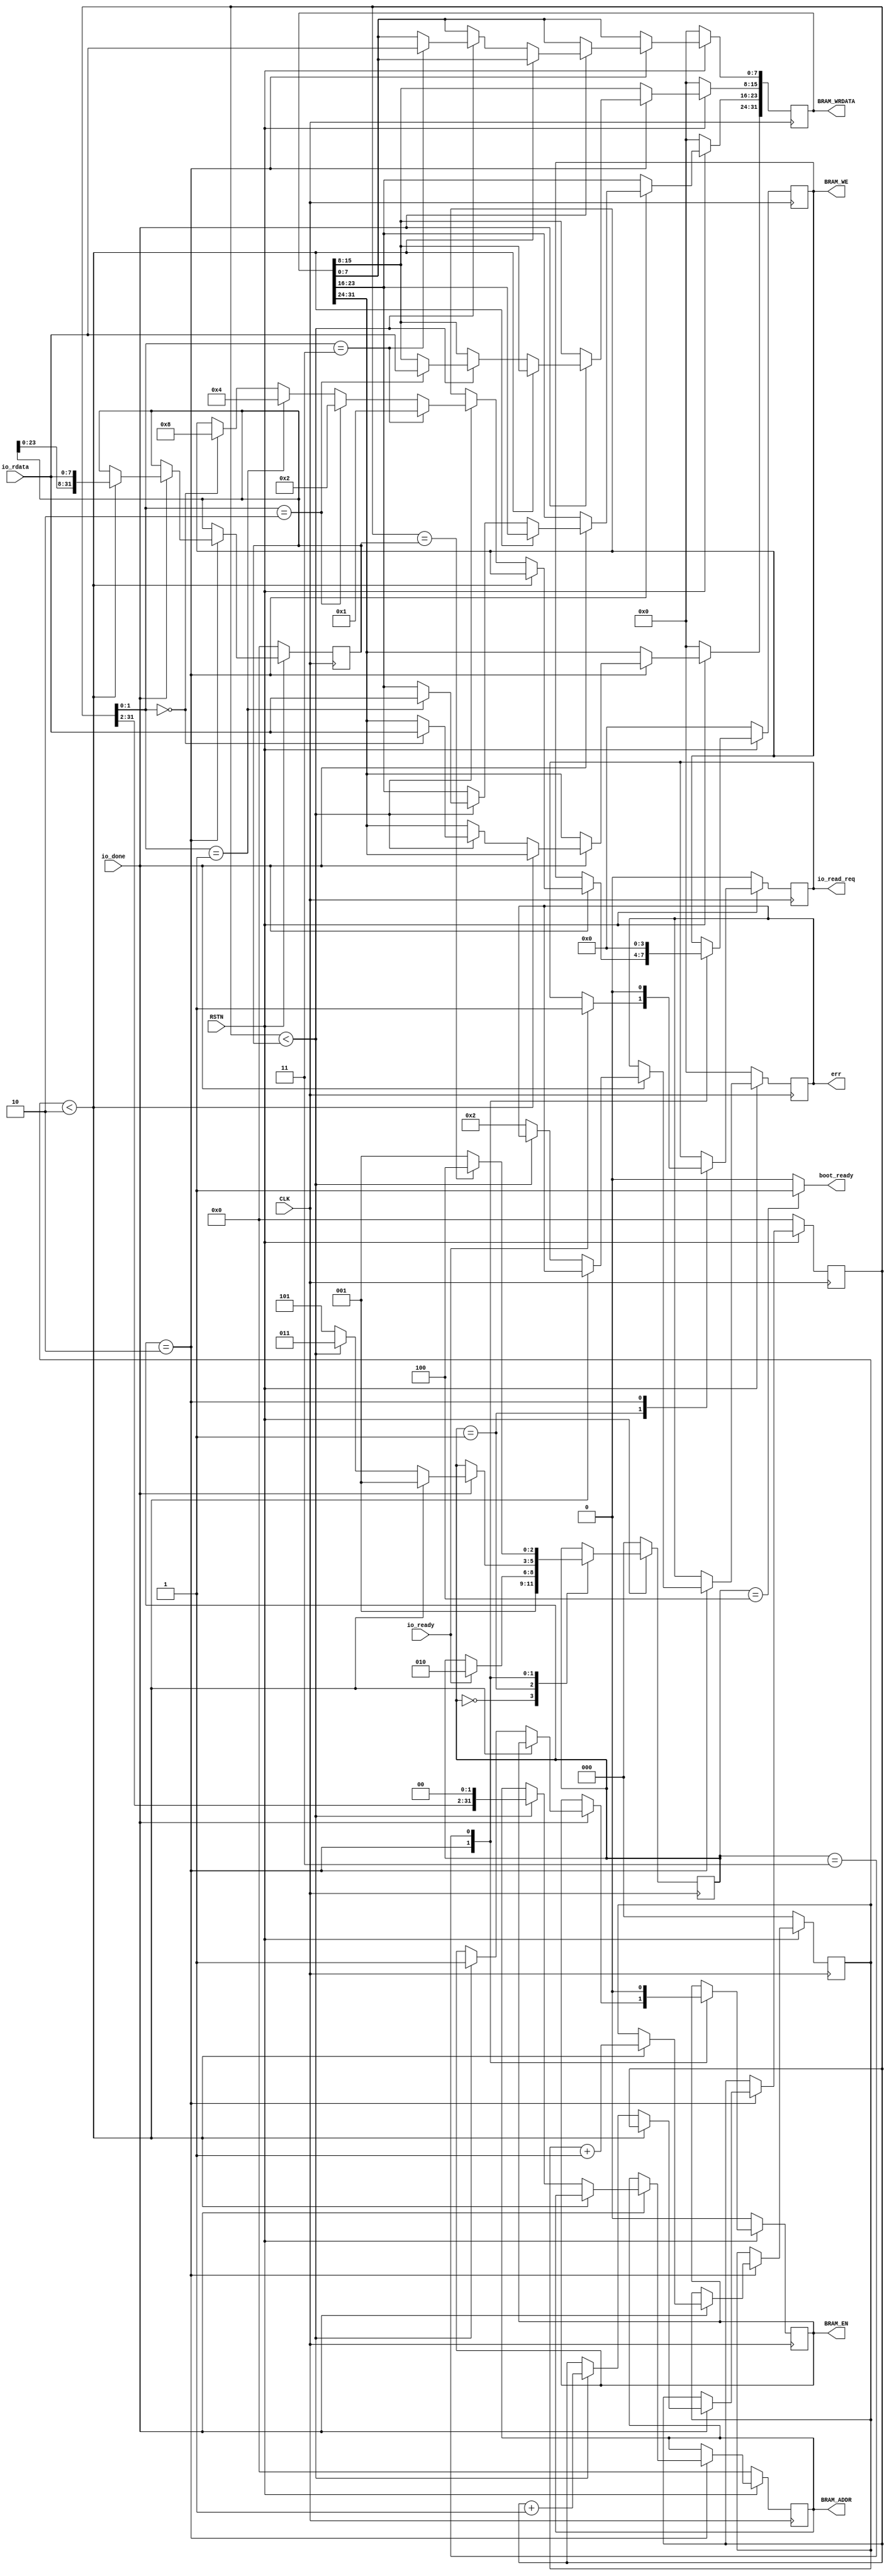
`default_nettype none

`define B_ERR_InvalidFormat 8'd1
`define B_ERR_RunOverIterator 8'd2

module Bootloader_IO(
  // for memory
  output wire [31:0] BRAM_ADDR,
  output wire [31:0] BRAM_WRDATA,
  output wire [3:0]  BRAM_WE,
  output wire        BRAM_EN,

  // for IO
  output reg io_read_req,
  input wire io_ready,
  input wire io_done,
  input wire [7:0] io_rdata,

  output wire boot_ready,
  output reg [7:0] err,
  input wire CLK,
  input wire RSTN
);

  localparam s_init      = 3'b000;
  localparam s_ext_chkRx = 3'b001;
  localparam s_ext_read  = 3'b010;
  localparam s_mem_write = 3'b011;
  localparam s_run       = 3'b100;
  localparam s_halt      = 3'b101;

  reg [2:0] state;
  assign boot_ready = (state == s_run) ? 1'b1 : 1'b0;
  // for memory
  reg [31:0] mem_addr;
  reg [31:0] mem_wdata;
  reg [3:0] mem_wenable;
  reg mem_enable;
  assign BRAM_ADDR = mem_addr;
  assign BRAM_WRDATA = mem_wdata;
  assign BRAM_WE = mem_wenable;
  assign BRAM_EN = mem_enable;
  

  // format
  // you can read 1 byte in 1 axi-uart iteration
  reg [2:0] length_iterator; // length 2byte (16bit) counter.
  reg [31:0] data_iterator;  // data counter. 
  reg [31:0] data_length;
  wire [1:0] data_step;
  assign data_step = data_iterator[1:0];

  // task
  always @(posedge CLK) begin
    if (~RSTN) begin
      state <= s_init;
      mem_wdata <= 32'd0;
      mem_addr <= 32'd0;
      mem_enable <= 1'b0;
      mem_wenable <= 4'b0000;

      io_read_req <= 1'b0;

      data_iterator <= 32'd0;
      data_length <= 32'd0;
      length_iterator <= 3'd0;
      err <= 8'd0;
    end else begin
      case (state)
        s_init: state <= s_ext_chkRx;
        s_ext_chkRx: begin
          if (io_ready) begin
            io_read_req <= 1'b1;
            state <= s_ext_read;
          end
        end

        s_ext_read: begin
          if (io_read_req) io_read_req <= 1'b0;
          if (io_done) begin
            // state move
            if (length_iterator < 3'd2) begin
              data_length <= {data_length[23:0], io_rdata[7:0]};
              state <= s_ext_chkRx;
              length_iterator <= length_iterator + 3'b1;
            end else if (data_iterator < data_length) begin
              mem_addr <= {data_iterator[31:2], 2'b00};
              mem_enable <= 1'b1;
              if (data_step == 2'd0) begin
                mem_wdata[31:24] <= io_rdata[7:0];
                mem_wenable <= 4'b1000;
              end
              if (data_step == 2'd1) begin
                mem_wdata[23:16] <= io_rdata[7:0];
                mem_wenable <= 4'b0100;
              end
              if (data_step == 2'd2) begin
                mem_wdata[15:8] <= io_rdata[7:0];
                mem_wenable <= 4'b0010;
              end
              if (data_step == 2'd3) begin
                mem_wdata[7:0] <= io_rdata[7:0];
                mem_wenable <= 4'b0001;
              end
              state <= s_mem_write;
              data_iterator <= data_iterator + 32'd1;
            end else begin
              err <= `B_ERR_RunOverIterator;
              state <= s_halt;
            end
          end
        end

        s_mem_write: begin
          mem_enable <= 1'b0;
          mem_wenable <= 4'b0000;
          if (data_iterator == data_length) begin
            // EOF, start booting
            state <= s_run;
          end else begin
            state <= s_ext_chkRx;
          end
        end

        default: begin
          state <= state;
        end
      endcase
    end
  end
endmodule